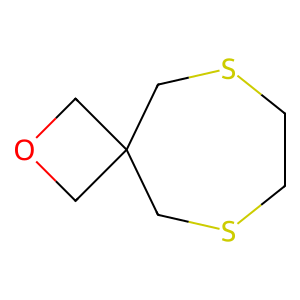
SMILES: C1CSCC2(COC2)CS1
Inhibits HIV replication: No